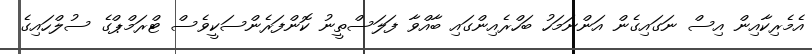
އެމެރިކާއިން އިސް ނަގައިގެން އަންނަމަހު ބަހްރެއިންގައި ބާއްވާ ފަލަސްތީނު ކޮންފަރެންސަކީވެސް ޓްރަމްޕްގެ ސުލްހައިގެ